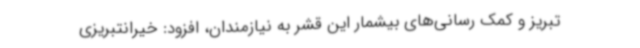
تبریز و کمک‌ رسانی‌های بیشمار این قشر به نیازمندان، افزود: خیرانتبریزی